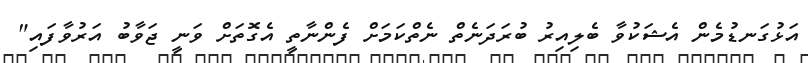
އަޅުގަނޑުމެން އެޝަކުވާ ބެލިއިރު ބުރަދަނެތް ނެތްކަމަށް ފެންނާތީ އެގޮތަށް ވަނީ ޖަވާބު އަރުވާފައި"